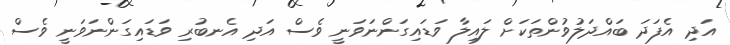
އަދި އެފަދަ ބައްދަލުވުންތަކަށް ލައިލާ ވަޑައިގަންނަވަނީ ވެސް އަދި އެނބުރި ވަޑައިގަންނަވަނީ ވެސް